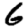
Digit: 6